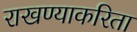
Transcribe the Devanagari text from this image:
राखण्याकरिता